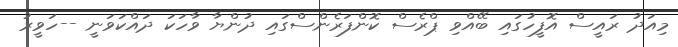
މިއަދު ރައީސް އޮފީހުގައި ބޭއްވި ޕްރެސް ކޮންފަރެންސްގައި ދުންޔާ ވާހަކަ ދައްކަވަނީ --ހަވީރު